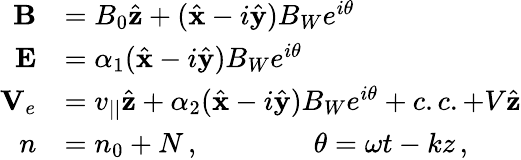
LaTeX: \begin{array}{rl}{{\mathbf B}}&{=B_{0}\hat{\mathbf z}+(\hat{\mathbf x}-i\hat{\mathbf y})B_{W}e^{i\theta}}\\ {{\mathbf E}}&{=\alpha_{1}(\hat{\mathbf x}-i\hat{\mathbf y})B_{W}e^{i\theta}}\\ {{\mathbf V}_{e}}&{=v_{||}\hat{\mathbf z}+\alpha_{2}(\hat{\mathbf x}-i\hat{\mathbf y})B_{W}e^{i\theta}+c.c.+V\hat{\mathbf z}}\\ {n}&{=n_{0}+N\, ,\qquad\qquad\theta=\omega t-kz\, ,}\end{array}